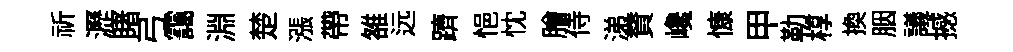
祈瀝睹弓靄淵楚漲帶雒远躋悒忱膾侍涕賛巉慷甲勒椁换胭議撼